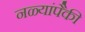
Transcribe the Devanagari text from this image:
नळ्यांपैकी